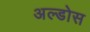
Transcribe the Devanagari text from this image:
अल्डोस